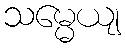
သမ္မေယျ